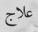
علاج